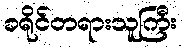
ခရိုင်တရားသူကြီး